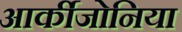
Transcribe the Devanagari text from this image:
आर्कीजोनिया